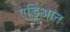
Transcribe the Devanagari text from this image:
एड्रिआन